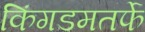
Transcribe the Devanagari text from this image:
किंगडमतर्फे